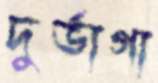
দুর্ভাগা